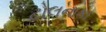
ટોલનાકા